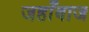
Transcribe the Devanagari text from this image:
जहाँबाज